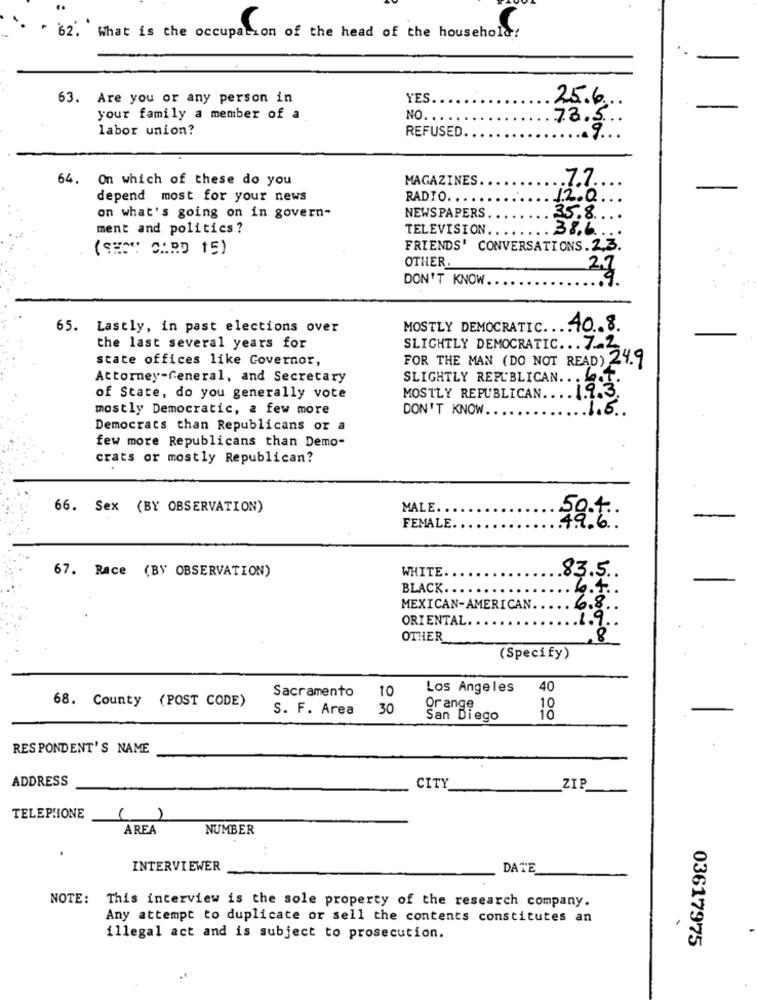
62. What is the occupation of the head of the household!
63. Are you or any person in
YES.
25.6 ...
your family a member of a
NO. .
labor union?
78.6
REFUSED.
64. On which of these do you
MAGAZINES.
.7.7.
depend most for your news
RADIO ..
12.0
on what's going on in govern-
NEWS PAPERS
35.8
ment and politics ?
TELEVISION.
38.6 ...
(SHOW 0:00 15)
FRIENDS' CONVERSATIONS.2.3.
OTHER
DON'T KNOW.
27
65.
Lastly, in past elections over
MOSTLY DEMOCRATIC ....
40.8.
the last several years for
state offices like Governor,
FOR THE MAN (DO NOT READ) 29
SLIGHTLY DEMOCRATIC ... - 349
Attorney-General, and Secretary
SLIGHTLY REPUBLICAN ... . T.
of State, do you generally vote
MOSTLY REPUBLICAN.
19.3.
mostly Democratic, a few more
DON'T KNOW
1.6.
Democrats than Republicans or a
few more Republicans than Demo-
crats or mostly Republican?
66. Sex (BY OBSERVATION)
MALE ..
50. 4.
FEMALE
67. Race (BY OBSERVATION)
WHITE
83.5
BLACK ..
6.4.
MEXICAN-AMERICAN
6.8
ORIENTAL ..
1.9
OTHER
,8
(Specify)
Sacramento
10
Los Angeles
40
68. County (POST CODE)
S. F. Area
30
Orange
10
San Diego
10
RESPONDENT'S NAME
ADDRESS
CITY
ZIE
TELEPHONE
( )
AREA
NUMBER
INTERVIEWER
DATE
NOTE: This interview is the sole property of the research company.
Any attempt to duplicate or sell the contents constitutes an
illegal act and is subject to prosecution.
03617975